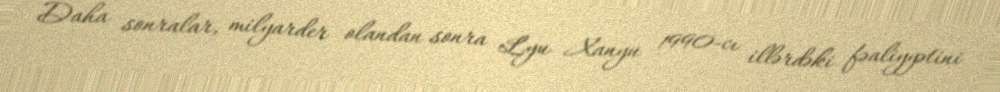
Daha sonralar, milyarder olandan sonra Lyu Xanyu 1990-cı illərdəki fəaliyyətini